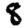
Digit: 8